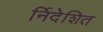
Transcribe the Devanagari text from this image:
र्निदेशित